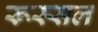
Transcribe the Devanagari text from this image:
रूस्सल